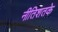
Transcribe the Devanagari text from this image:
नीतिशतके